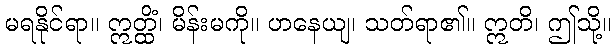
မရနိုင်ရာ။ ဣတ္ထိံ၊ မိန်းမကို။ ဟနေယျ၊ သတ်ရာ၏။ ဣတိ၊ ဤသို့။